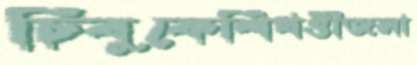
চিবুকেশিখণ্ডীজলা